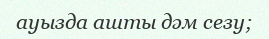
ауызда ашты дәм сезу;